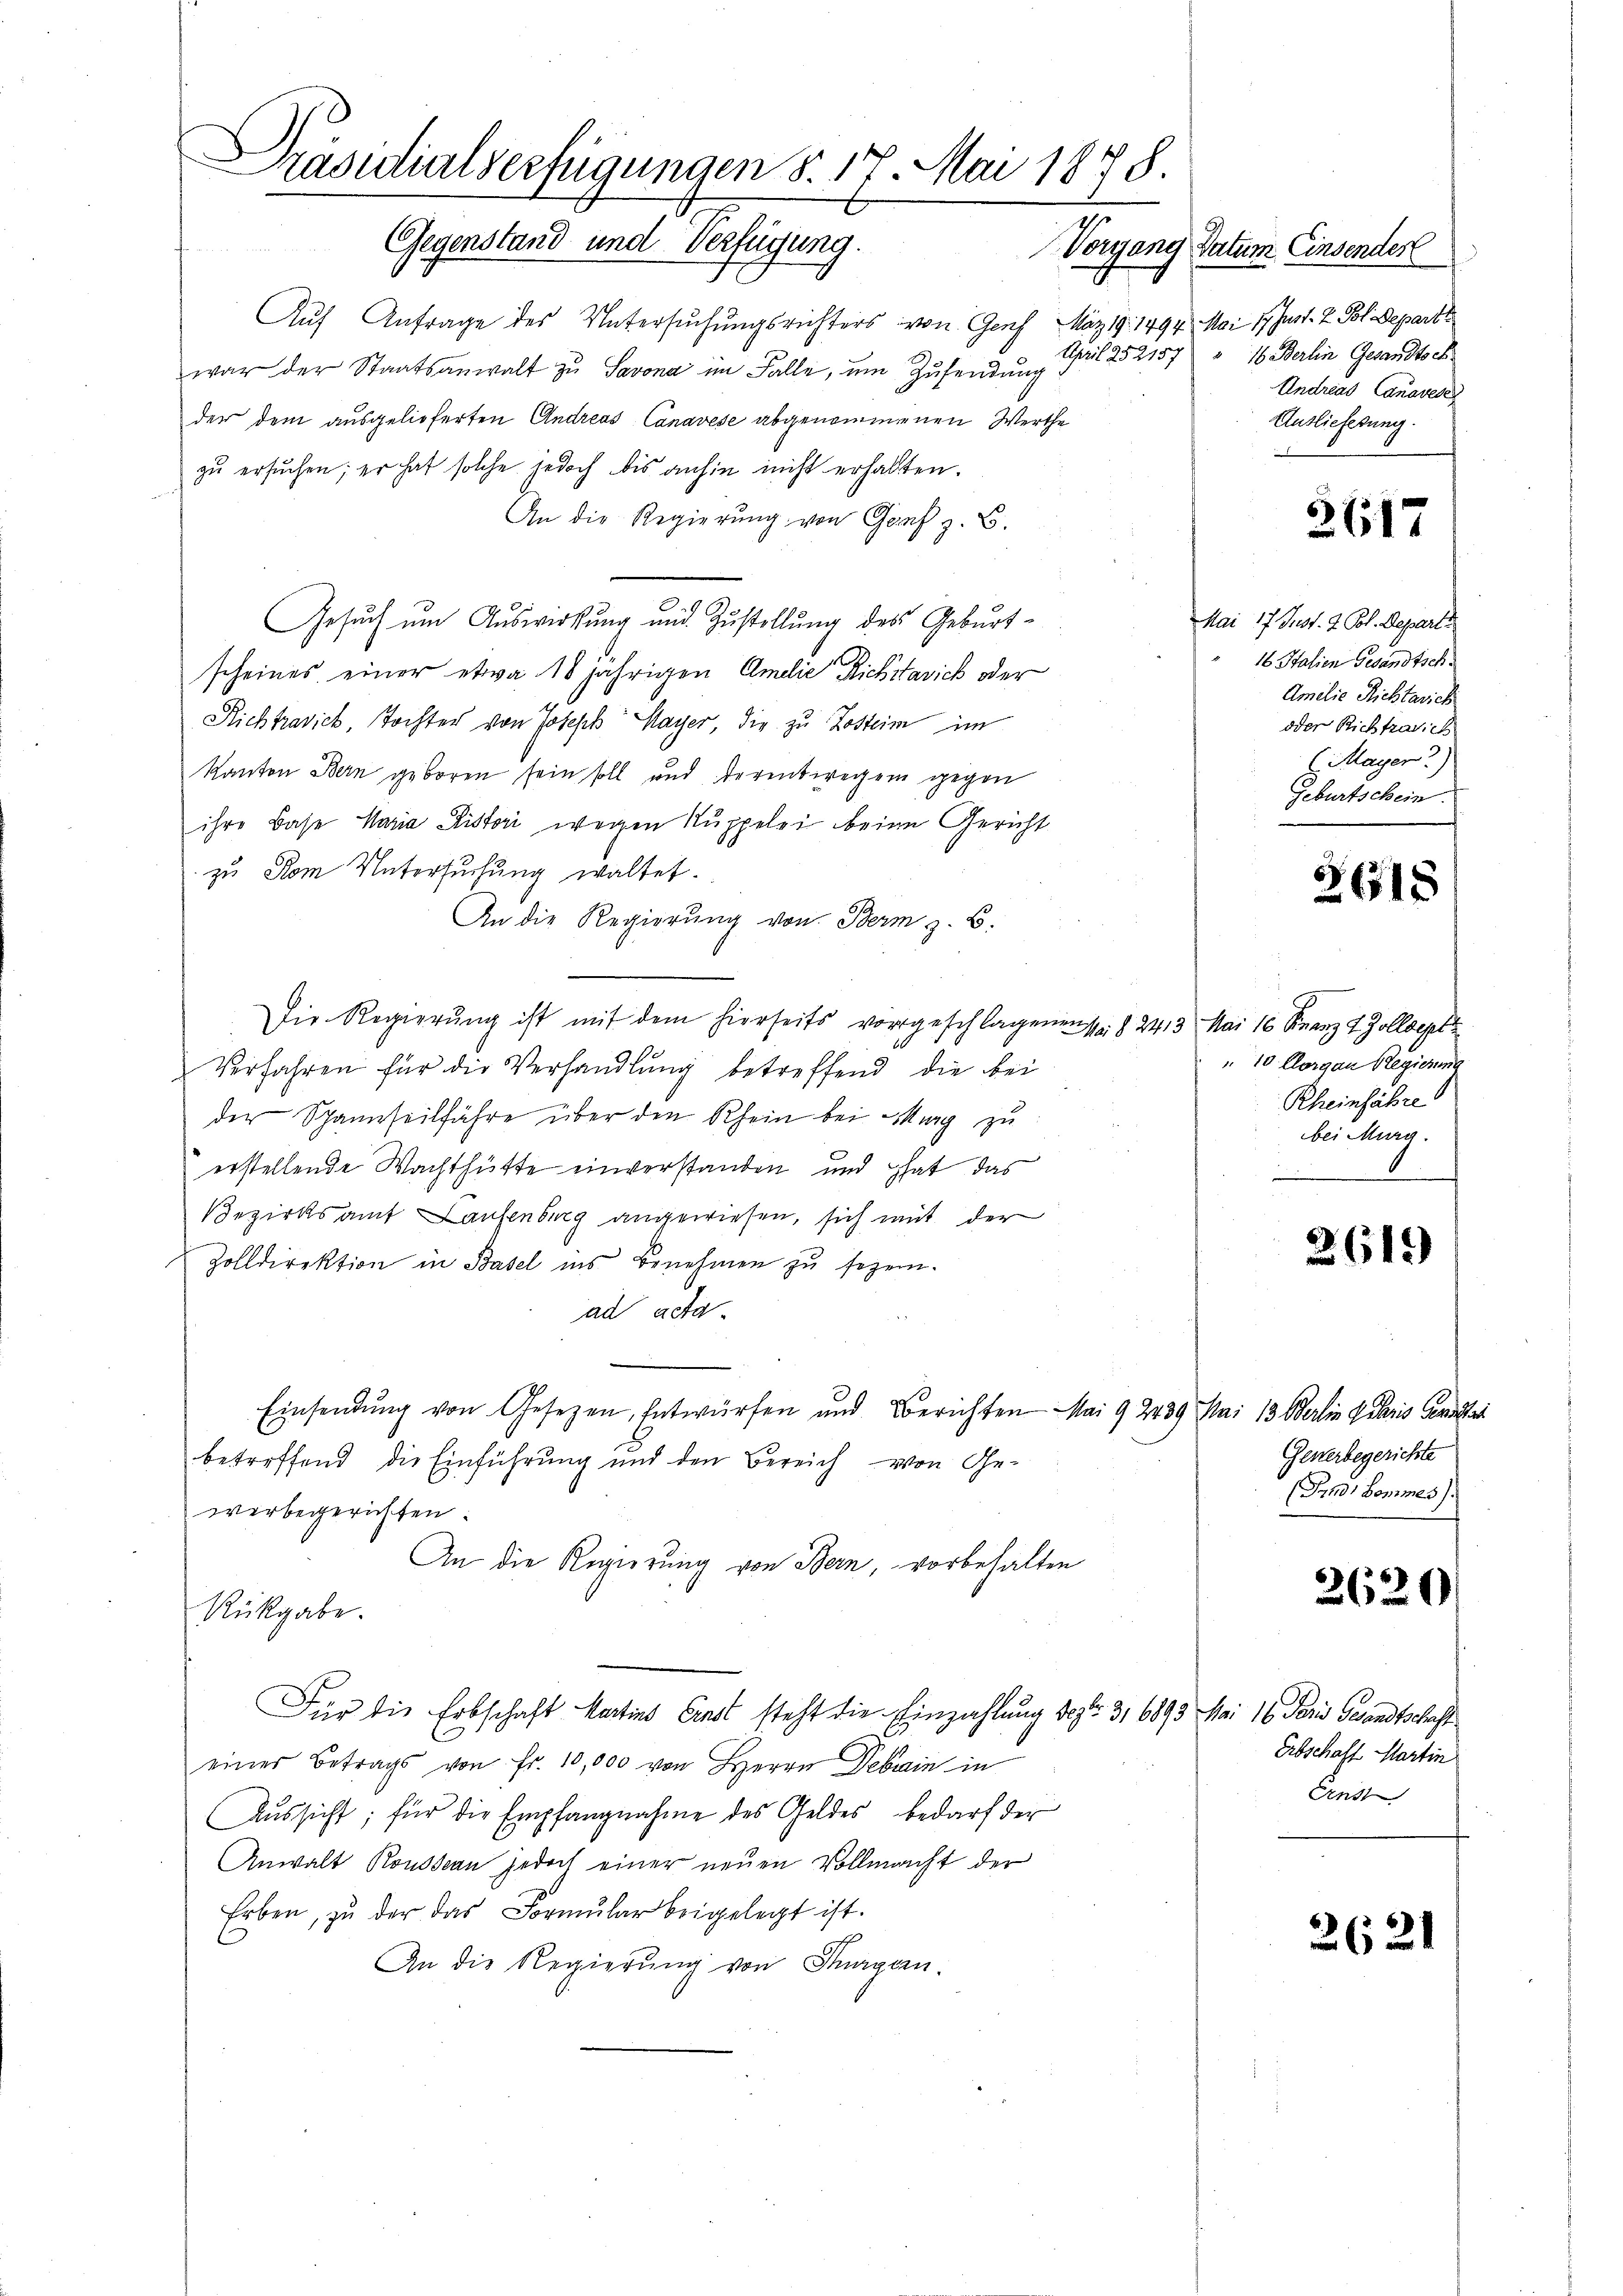
Präsidialverfügungen §. 17 Mai 1878.
Gegenstand und Verfügung.
Vorgang Datum Einsender

Auf Anfrage des Untersuchungsrichters von Genf, März 19. 1494. Mai 17 hast. 2 Pol. Departe
April 252157
war der Staatsanwalt zu Savona im Falle, um Zusendung
der dem ausgelieferten Andreas Canavese abgenommenen Werthe
zŭ ersŭchen; er hat solche jedoch bis anhin nicht erhalten.
An die Regierŭng von Graf z. B.
Gesuch um Auswirkung und Zustellung des Geburtscheines einer etwa 18 jährigen Amdie Richstavich oder
Richtravick, Tochter von Joseph Mayer, die zu Lasteim im
Kanton Bern geboren sein soll und derentwegen gegen
ihre Base Maria Kistori wegen Kuppelei beige Gericht
zu Rom Untersuchung waltet.
An die Regierung von Bern z. B.
Die Regierŭng ist mit dem hierseits vorgeschlagenen s. § 2413. Mai 16 Finanz 4 Zolldept
Verfahren für die Verhandlung betreffend die bei
der Spannseilfahre über den Rhein bei Marg zu
erstellende Wachthütte einverstanden und hat das
Bezirksamt Laufenburg angewiesen, sich mit der
Zolldirektion in Basel ins Benehmen zu sezen.
ad acta
Einsendung von Gesezen, Entwürfen und Berichten Mai 92439 Mai 13 Berlin Paris Gewalter
betreffend die Einführung und den Bereich von Ge-
werbegerichten.
An die Regierung von Bern, vorbehalten
Rükgabe.
Für die Erbschaft Martins Einst steht die Einzahlung desto 3,6893 Mai 16 Jari Gesandtschaft
einer Betrags von Fr. 10,000 von Herrn Debrain in
Aŭssicht; für die Empfangnahme des Geldes bedarf der
Anwalt Roussan jedoch einer neuen Vollmacht der
Erben, zŭ der das Formŭlar beigelegt ist.
An die Regierŭng von Thurgen.

16. Berlin Gesandtsch
Undreas Canovere
Ausliefesung.

8
2617

Mai 17. Just. 2 Pol. Depart
16 Stalien Gesandtsch
Amilie Richtarich
oder Richtradich
l. Mayer 2)
Geburtschein.

3615

„10. Morgan Regierung
Rheinfahre
bei Murg.

2619)

Generbegerichte
(Pro Bommes.

3620

Erbschaft Martin
Anst

2621